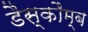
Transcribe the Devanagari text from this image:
डैस्कौम्ब